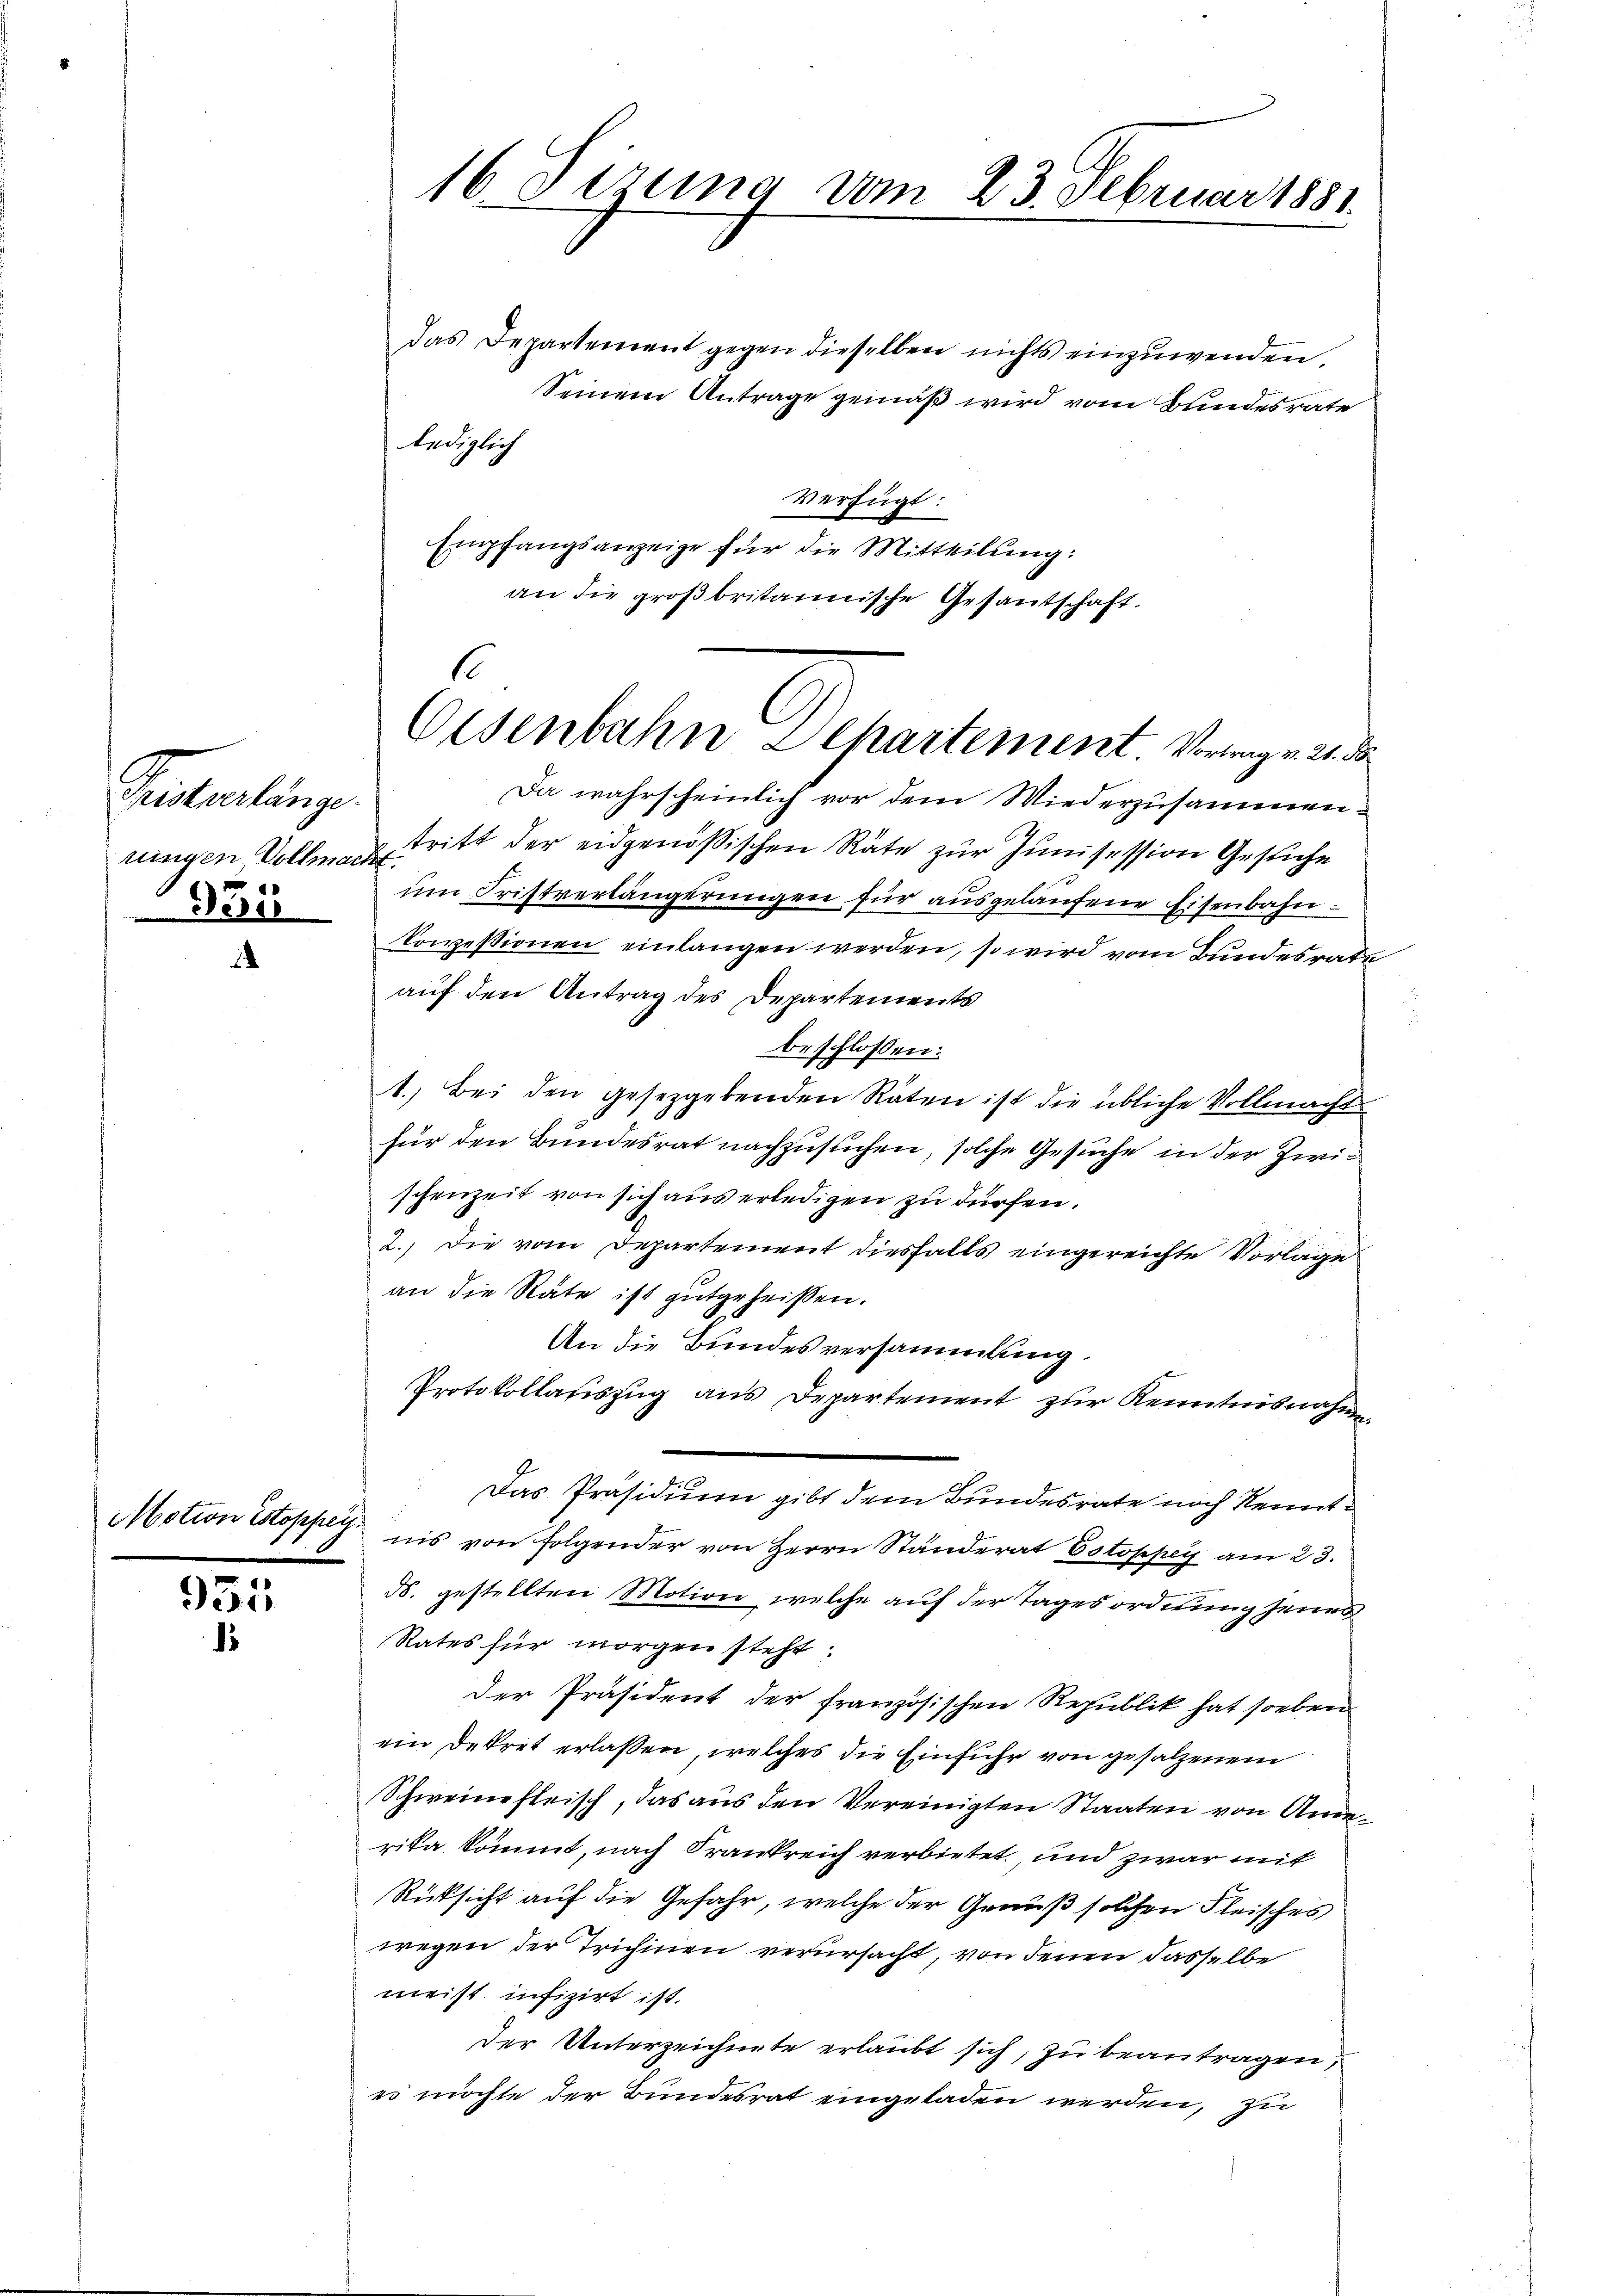
Punterlange.
rungen Vollmacht
955

Motion istoppey.

953
d

16 Sizung vom 23. Februar 1881
das Departement gegen dieselben nichts einzuwenden.

Seinem Antrage gemäß wird vom Bundesrate
lediglich
verfügt:
Empfangsanzeige für die Mitteilung:
an die großbritainische Gesantschaft.

so
Eisenbahn Dehartement. Vortrag v. 21. d.

Da wahrscheinlich vor dem Wiederzusammentritt der eidgenössischen Räte zur Junisession Gesuche
um Fristverlängerungen für ausgelaufene Eisenbahn-
kocessionen einlangen werden, so wird vom Bundesrate
auf den Antrag des Departements
beschlossen:
1.) Bei den gesetzgebenden Räten ist die übliche Vollmachts
für den Bundesrat nachzusuchen, solche Gesuche in der Zwischenzeit von sich aus erledigen zu dürfen.
2.) Die vom Departement diesfalls eingereichte Vorlage
an die Räte ist gutgeheißen.
An die Bundesversammlung.
Protokollasiszug aus Departement zur Kenntnisnahme
Das Präsidium gibt dem Bundesrate noch Kenntnis von Folgender von Herrn Ständerat Estoppey am 23.
ds. gestellten Motion, welche auf der Tages ordnung jenes
Rates für morgen steht.
Der Präsident der französischen Republik hat soeben
ein Dekret erlassen, welches die Einführ von gesalzenem
Schweinefleisch, das aus den Vereinigten Staaten von Anderika kommt, nach Frankreich verbietet, und zwar mit
Rüksicht auf die Gefahr, welche der Genuß solchen Fleisches
wegen der Trichinen verursacht, von denen dasselbe
meist infizirt ist.
der Unterzeichnete erlaubt sich, zu beantragen,
es möchte der Bundesrat eingeladen werden, zu